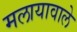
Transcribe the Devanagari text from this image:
मलायावाले